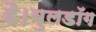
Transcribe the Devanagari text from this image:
है।बुलडॉग